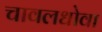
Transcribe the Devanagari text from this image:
चावलधोवा